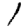
Digit: 1